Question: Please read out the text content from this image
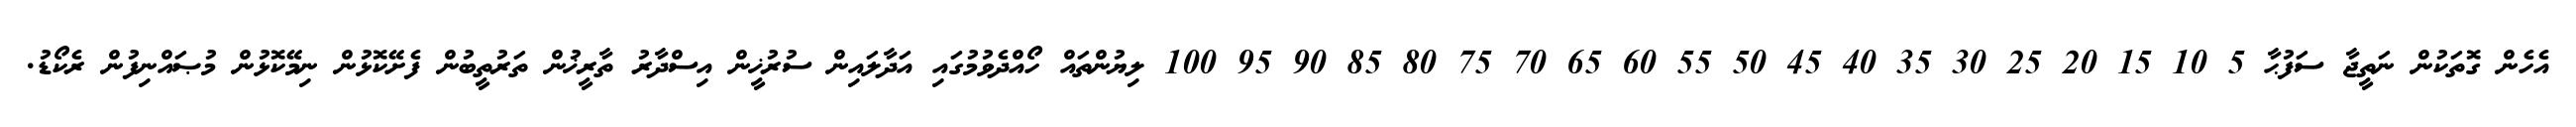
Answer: އެހެން ގޮތަކުން ނަތީޖާ ސަފުޙާ 5 10 15 20 25 30 35 40 45 50 55 60 65 70 75 80 85 90 95 100 ލިޔުންތައް ހޯއްދެވުމުގައި އަދާލައިން ސުރުޚީން އިސްދާރު ތާރީޚުން ތަރުތީބުން ފެށޭކޮޅުން ނިމޭކޮޅުން މުޞައްނިފުން ރެކޯޑު.